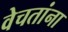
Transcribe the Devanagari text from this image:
वेचतांना